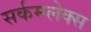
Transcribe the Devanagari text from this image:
सर्कम्प्लेक्स